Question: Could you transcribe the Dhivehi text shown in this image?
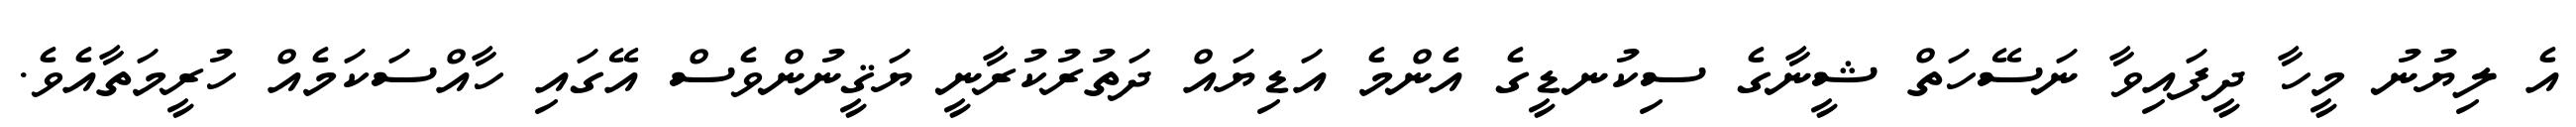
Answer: އެ ލިޔުނު މީހާ ދީފައިވާ ނަސޭހަތް ޝީނާގެ ސިކުނޑީގެ އެންމެ އަޑިޔައް ދަތުރުކުރާނީ ޔަޤީނުންވެސް އޭގައި ހާއްސަކަމެއް ހުރީމަތާއެވެ.